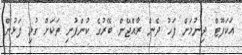
އަކަފޫޓް ދިނުމަށް ފަހު ދެން ރާއްޖޭން ބޭރުގެ ކުންފުނި ތަކަަށް ގުޅި ފަޅުން